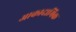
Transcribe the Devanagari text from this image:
आकादामिक